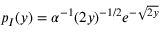
p _ { I } ( y ) = \alpha ^ { - 1 } ( 2 y ) ^ { - 1 / 2 } e ^ { - \sqrt { 2 y } }